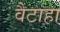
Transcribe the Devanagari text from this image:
वैटाहा